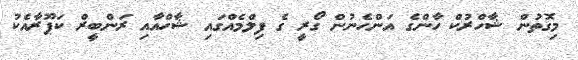
މިގޮތުން ޝާހްރުކް ހާންގެ އަންހެނުން ގޯރީ ގެ ފިލްމެއްގައި ޝާހްއާއި ރަންބީރް ކަޕޫރާއެކު